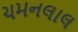
ચમનલાલ